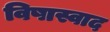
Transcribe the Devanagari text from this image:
विषास्वाद